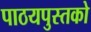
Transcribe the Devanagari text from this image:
पाठयपुस्तको